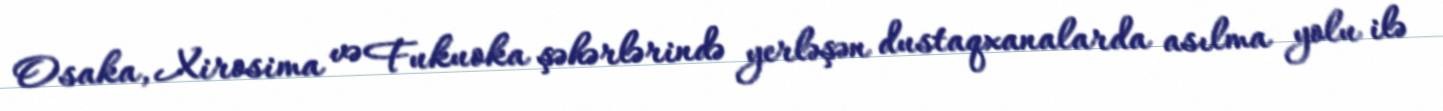
Osaka, Xirosima və Fukuoka şəhərlərində yerləşən dustaqxanalarda asılma yolu ilə